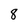
Character: 8